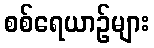
စစ်ရေယာဉ်များ